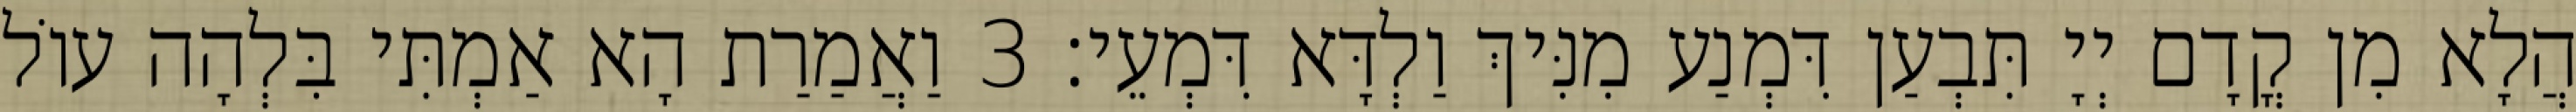
הֲלָא מִן קֳדָם יְיָ תִּבְעַן דִּמְנַע מִנִּיךְ וַלְדָּא דִּמְעֵי׃ 3 וַאֲמַרַת הָא אַמְתִּי בִּלְהָה עוֹל